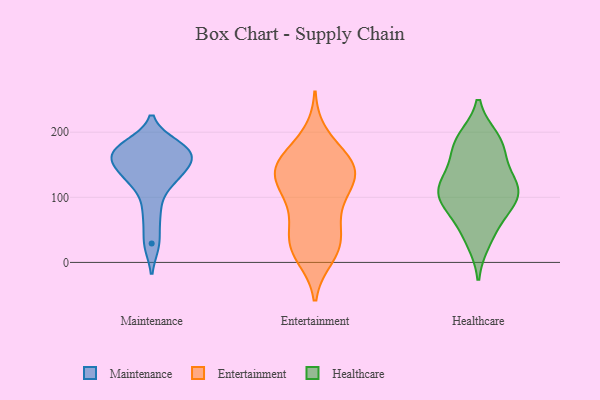
{"axis": {"x": "Humidity (%)", "y": "Value"}, "legend": ["Entertainment", "Healthcare", "Maintenance"], "data": [{"x": "", "y": 172, "type": "Maintenance"}, {"x": "", "y": 168, "type": "Maintenance"}, {"x": "", "y": 137, "type": "Maintenance"}, {"x": "", "y": 137, "type": "Maintenance"}, {"x": "", "y": 162, "type": "Maintenance"}, {"x": "", "y": 166, "type": "Maintenance"}, {"x": "", "y": 29, "type": "Maintenance"}, {"x": "", "y": 121, "type": "Maintenance"}, {"x": "", "y": 179, "type": "Maintenance"}, {"x": "", "y": 76, "type": "Maintenance"}, {"x": "", "y": 10, "type": "Entertainment"}, {"x": "", "y": 150, "type": "Entertainment"}, {"x": "", "y": 102, "type": "Entertainment"}, {"x": "", "y": 26, "type": "Entertainment"}, {"x": "", "y": 65, "type": "Entertainment"}, {"x": "", "y": 127, "type": "Entertainment"}, {"x": "", "y": 78, "type": "Entertainment"}, {"x": "", "y": 147, "type": "Entertainment"}, {"x": "", "y": 137, "type": "Entertainment"}, {"x": "", "y": 29, "type": "Entertainment"}, {"x": "", "y": 117, "type": "Entertainment"}, {"x": "", "y": 194, "type": "Entertainment"}, {"x": "", "y": 36, "type": "Entertainment"}, {"x": "", "y": 155, "type": "Entertainment"}, {"x": "", "y": 120, "type": "Entertainment"}, {"x": "", "y": 155, "type": "Entertainment"}, {"x": "", "y": 19, "type": "Entertainment"}, {"x": "", "y": 154, "type": "Entertainment"}, {"x": "", "y": 110, "type": "Healthcare"}, {"x": "", "y": 186, "type": "Healthcare"}, {"x": "", "y": 91, "type": "Healthcare"}, {"x": "", "y": 190, "type": "Healthcare"}, {"x": "", "y": 78, "type": "Healthcare"}, {"x": "", "y": 33, "type": "Healthcare"}, {"x": "", "y": 157, "type": "Healthcare"}, {"x": "", "y": 121, "type": "Healthcare"}, {"x": "", "y": 121, "type": "Healthcare"}, {"x": "", "y": 171, "type": "Healthcare"}, {"x": "", "y": 81, "type": "Healthcare"}, {"x": "", "y": 187, "type": "Healthcare"}, {"x": "", "y": 100, "type": "Healthcare"}, {"x": "", "y": 118, "type": "Healthcare"}, {"x": "", "y": 43, "type": "Healthcare"}, {"x": "", "y": 117, "type": "Healthcare"}]}